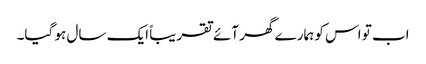
اب تو اس کو ہمارے گھر آئے تقریباً ایک سال ہو گیا۔